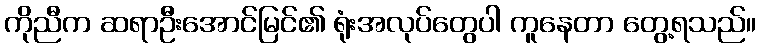
ကိုညီက ဆရာဦးအောင်မြင်၏ ရုံးအလုပ်တွေပါ ကူနေတာ တွေ့ရသည်။